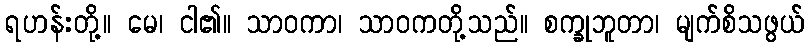
ရဟန်းတို့။ မေ၊ ငါ၏။ သာဝကာ၊ သာဝကတို့သည်။ စက္ခုဘူတာ၊ မျက်စိသဖွယ်